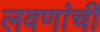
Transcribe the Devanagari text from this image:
लवणांची